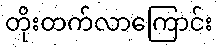
တိုးတက်လာကြောင်း